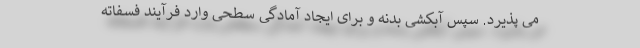
می پذیرد. سپس آبکشی بدنه و برای ایجاد آمادگی سطحی وارد فرآیند فسفاته